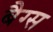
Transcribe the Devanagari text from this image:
बैग्‍स